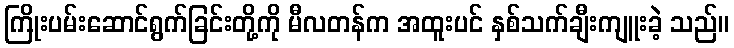
ကြိုးပမ်းဆောင်ရွက်ခြင်းတို့ကို မီလတန်က အထူးပင် နှစ်သက်ချီးကျူးခဲ့ သည်။